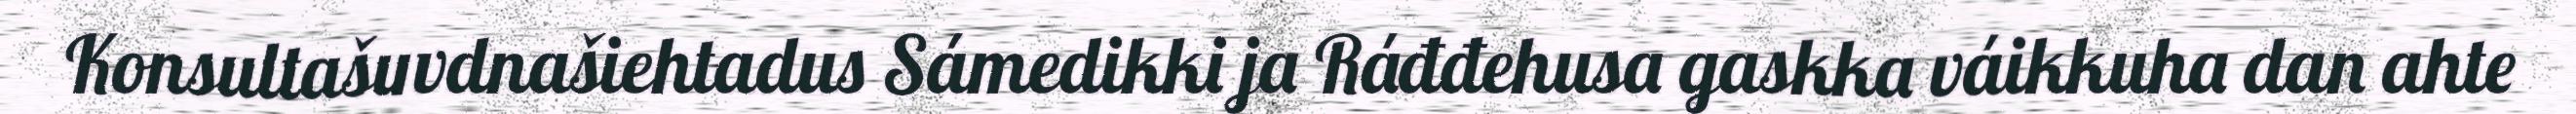
Konsultašuvdnašiehtadus Sámedikki ja Ráđđehusa gaskka váikkuha dan ahte